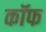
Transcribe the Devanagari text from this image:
कॉफ